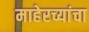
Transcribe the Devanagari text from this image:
माहेरच्यांचा